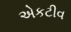
એકટીવ